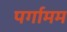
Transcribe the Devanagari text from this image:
पर्गामम